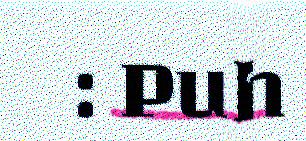
: Puh